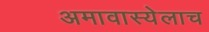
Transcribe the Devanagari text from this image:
अमावास्येलाच